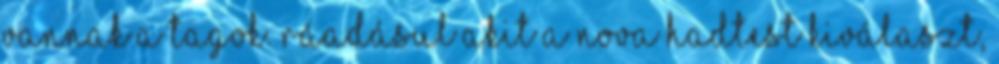
vannak a tagok. Ráadásul akit a Nova Hadtest kiválaszt,